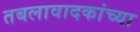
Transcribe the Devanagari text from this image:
तबलावादकांच्या